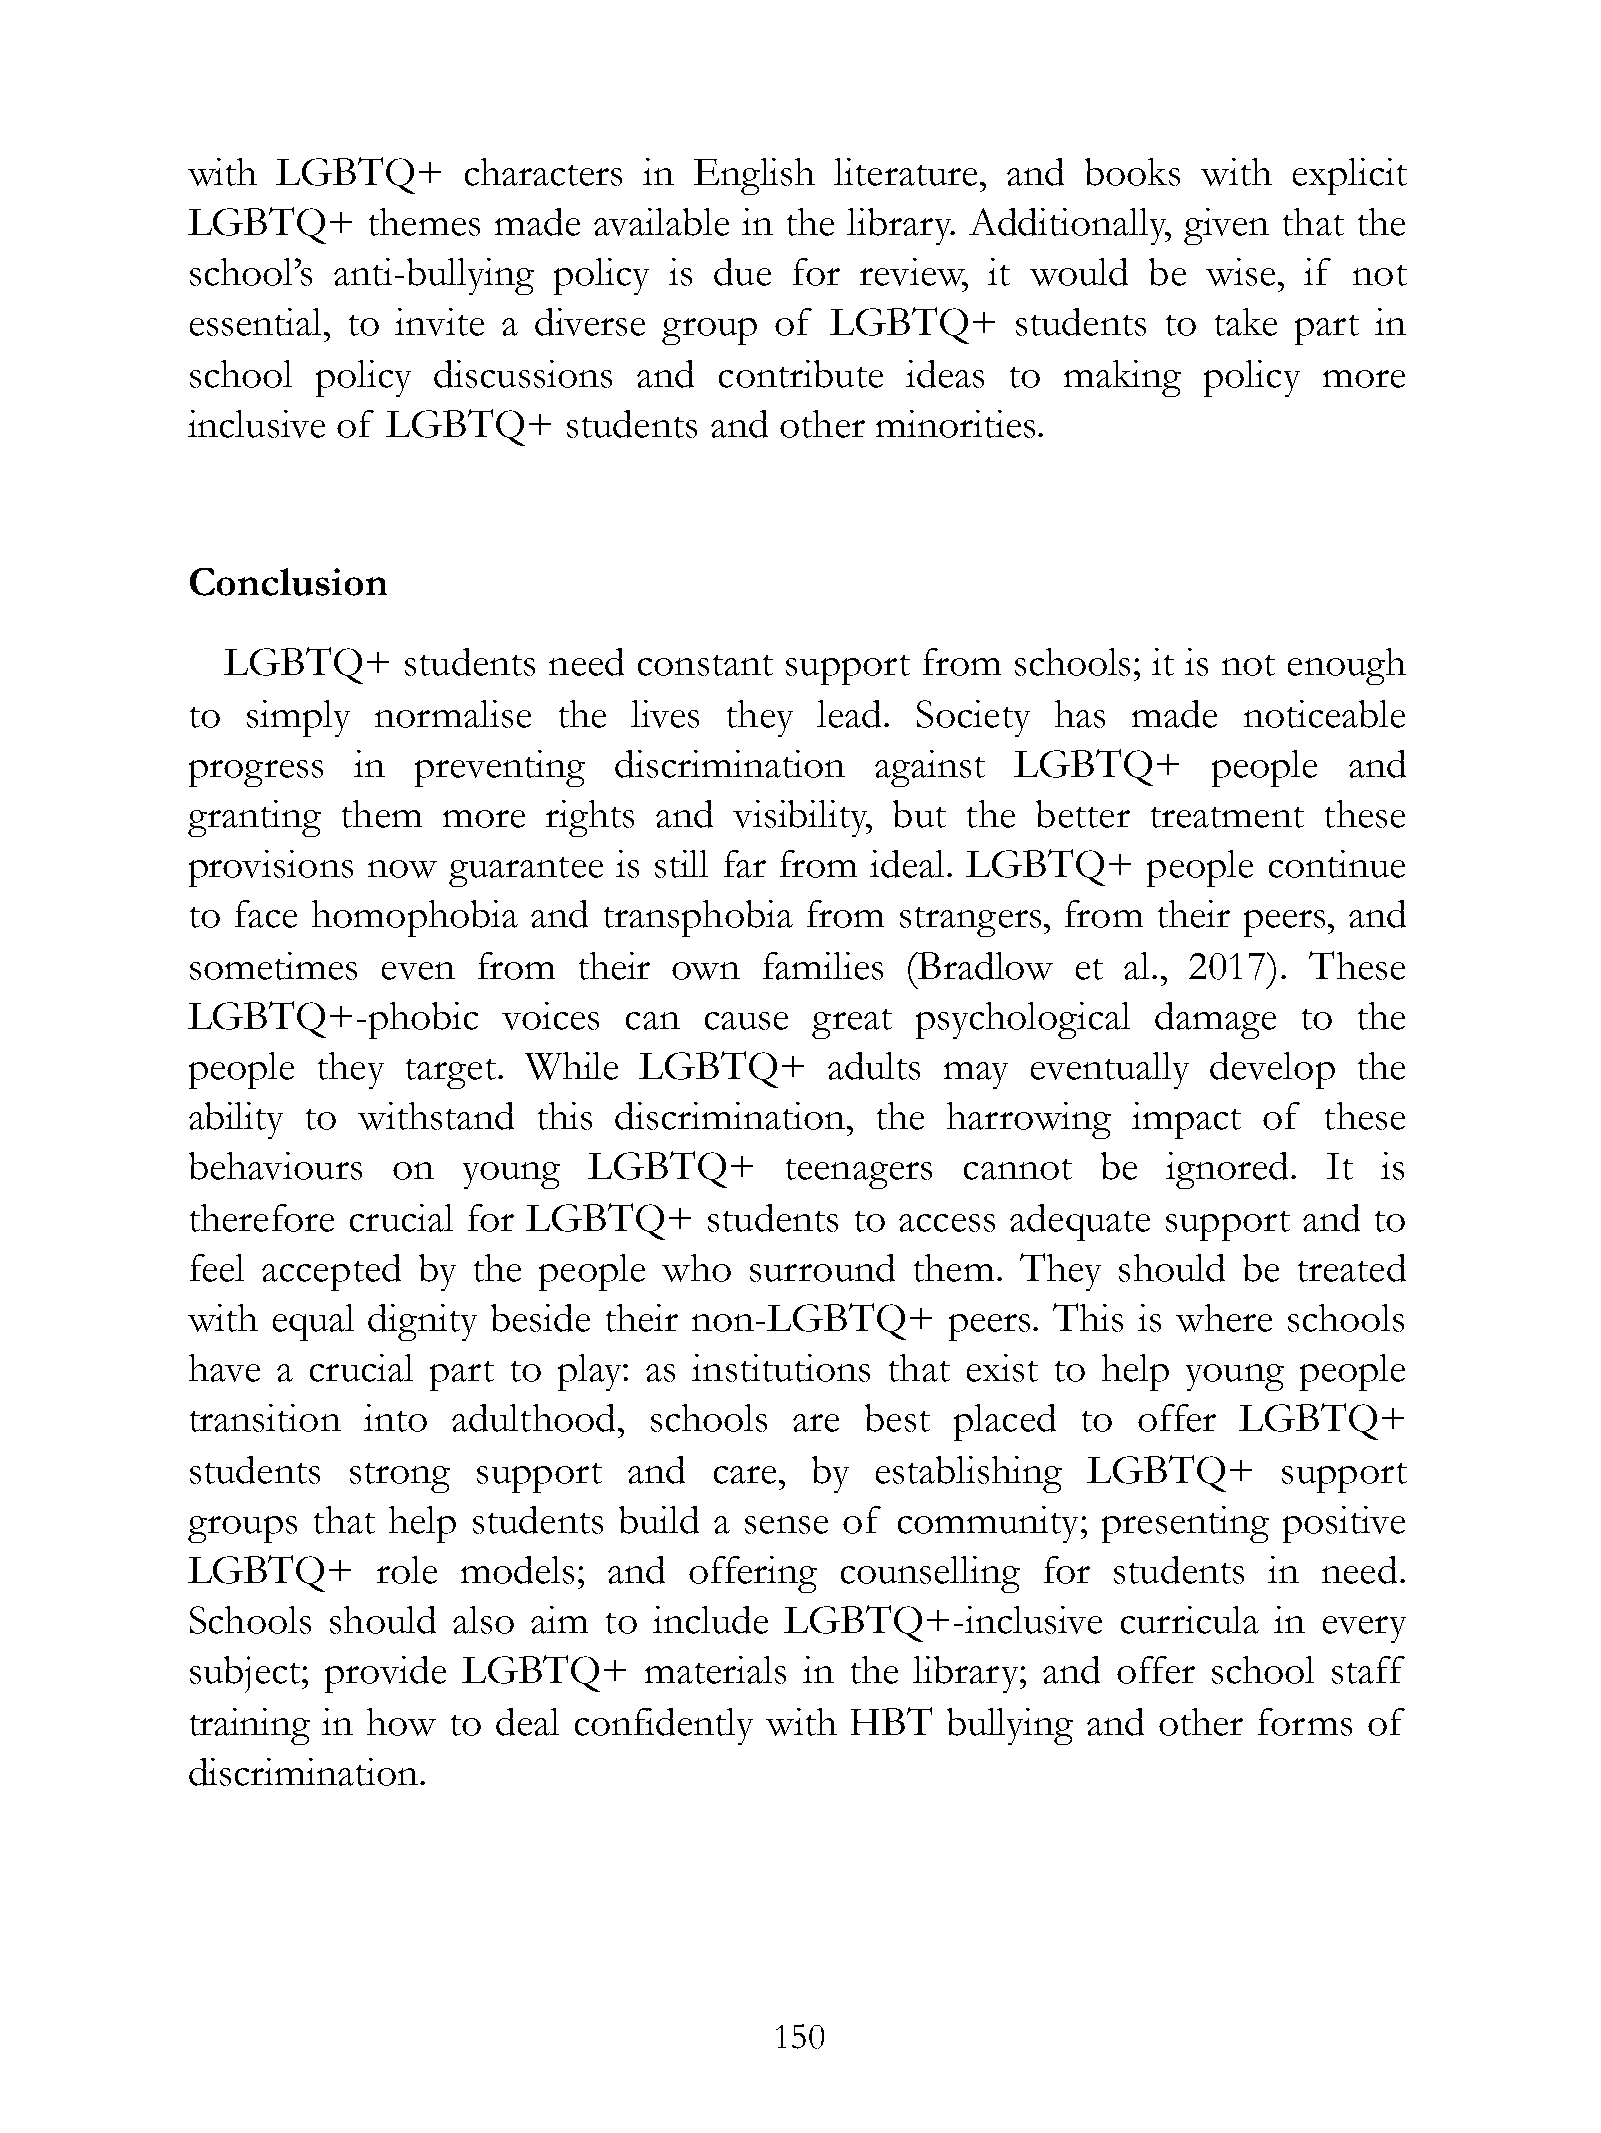
with  LGBTQ+       characters  in English  literature, and  books   with explicit
 LGBTQ+      themes   made  available in the library. Additionally, given that the
 school’s  anti-bullying  policy is due  for  review, it would   be  wise, if not
 essential, to invite a diverse  group  of  LGBTQ+      students  to take  part in
 school   policy  discussions  and  contribute   ideas  to making    policy  more
 inclusive of  LGBTQ+     students  and  other minorities.
 Conclusion
 LGBTQ+      students need  constant  support  from  schools; it is not enough
 to  simply   normalise   the  lives they  lead.  Society  has  made   noticeable
 progress   in  preventing    discrimination   against  LGBTQ+       people   and
 granting   them  more   rights and   visibility, but the better treatment   these
 provisions  now   guarantee  is still far from ideal. LGBTQ+    people  continue
 to face  homophobia    and  transphobia  from  strangers, from   their peers, and
 sometimes    even  from   their own   families  (Bradlow   et al., 2017).  These
 LGBTQ+-phobic        voices  can   cause  great  psychological  damage    to  the
 people   they  target. While  LGBTQ+       adults may   eventually  develop   the
 ability to  withstand   this discrimination,  the  harrowing   impact   of  these
 behaviours    on   young   LGBTQ+       teenagers   cannot   be  ignored.   It is
 therefore  crucial for LGBTQ+      students to access  adequate  support  and  to
 feel accepted   by the  people  who  surround   them.  They   should  be  treated
 with  equal dignity beside  their non-LGBTQ+       peers. This is where  schools
 have  a crucial part  to play: as institutions that exist to help young   people
 transition  into  adulthood,   schools  are  best  placed  to  offer  LGBTQ+
 students   strong  support    and  care,  by  establishing  LGBTQ+       support
 groups   that help students  build a sense  of community;    presenting  positive
 LGBTQ+       role models;   and   offering  counselling  for  students  in need.
 Schools   should  also aim  to include  LGBTQ+-inclusive      curricula in every
 subject; provide   LGBTQ+      materials in the  library; and offer school  staff
 training in how   to deal confidently  with HBT    bullying and  other forms  of
 discrimination.
 !150